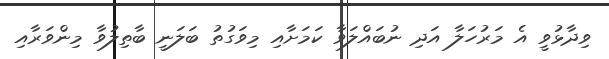
ވިދާޅުވީ އެ މަރުހަލާ އަދި ނުބައްލަވާ ކަމަށާއި މިވަގުތު ބަލަނީ ބާތިލުވާ މިންވަރާއި